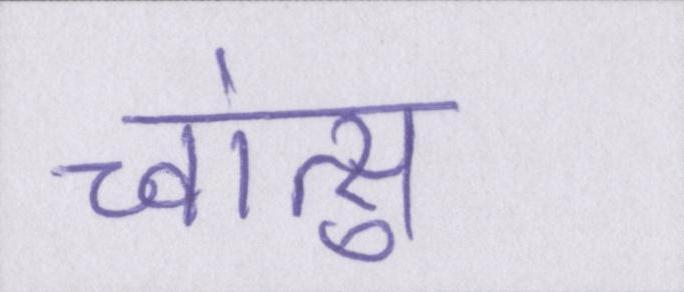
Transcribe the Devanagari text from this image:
च्वांत्सु